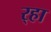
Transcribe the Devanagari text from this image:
र्‍हा